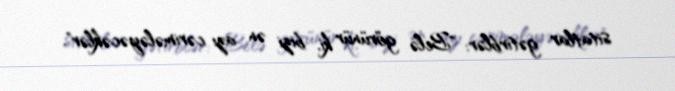
sitatlar gətirblər: "Belə görünür ki, bizi ən azı cərimələyəcəklər".